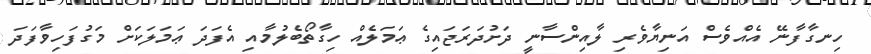
ހިނގާފާނޭ އެއްވެސް އަނިޔާވެރި ލާއިންސާނީ ދަށުދަރަޖައިގެ ޢަމަލެއް ހިގާތޯބެލުމާއި އެފަދަ ޢަމަލަކަށް މަގުފަހިވާފަދަ